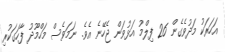
އަހަރަކު މަދުވެގެން 26 ފިލްމު އަޅުވަން ޖެހޭނެ އެވެ. ނަމަވެސް މަހްމޫދު ފާހަގަކުރި